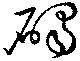
碣